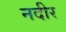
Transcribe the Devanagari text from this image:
नदीर